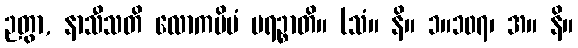
ဉတွာ, နာသီသတိ လောကမိမံ ပရဉ္စာတိ။ (သံ။ နိ။ ၁။၁၀၇၊ အ။ နိ။